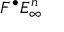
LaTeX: F ^ { \bullet } E _ { \infty } ^ { n }